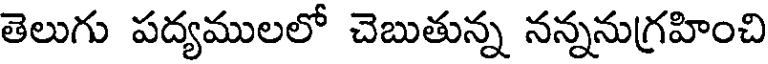
తెలుగు పద్యములలో చెబుతున్న నన్ననుగ్రహించి